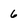
Character: 6